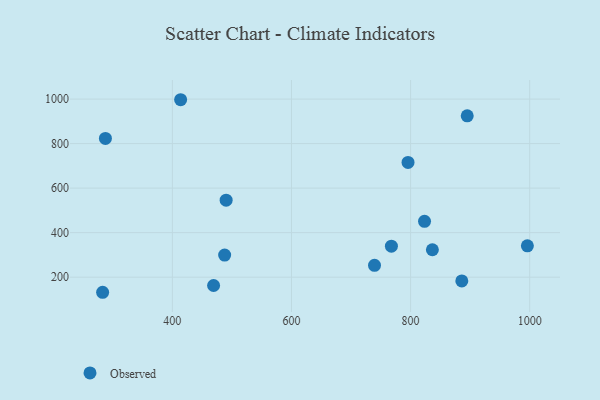
{"axis": {"x": "Speed", "y": "Sales"}, "legend": ["Observed"], "data": [{"x": "886.0", "y": 182.9, "type": "Observed"}, {"x": "413.9", "y": 997.1, "type": "Observed"}, {"x": "490.3", "y": 545.7, "type": "Observed"}, {"x": "282.9", "y": 132.1, "type": "Observed"}, {"x": "996.1", "y": 340.7, "type": "Observed"}, {"x": "823.4", "y": 450.9, "type": "Observed"}, {"x": "739.4", "y": 253.2, "type": "Observed"}, {"x": "469.2", "y": 162.5, "type": "Observed"}, {"x": "895.1", "y": 924.8, "type": "Observed"}, {"x": "795.7", "y": 715.3, "type": "Observed"}, {"x": "487.8", "y": 299.4, "type": "Observed"}, {"x": "767.8", "y": 339.3, "type": "Observed"}, {"x": "836.6", "y": 323.2, "type": "Observed"}, {"x": "287.6", "y": 823.3, "type": "Observed"}]}